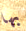
بها